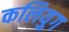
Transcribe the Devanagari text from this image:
कलियुग